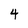
Character: 4